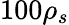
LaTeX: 100\rho_{s}